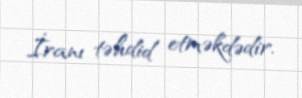
İranı təhdid etməkdədir.